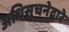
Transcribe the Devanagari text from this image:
अधिसुचनेद्वारे